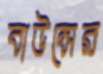
বাউন্সের